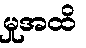
မှုအထိ